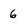
Character: 6